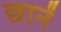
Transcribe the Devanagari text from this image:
छानें